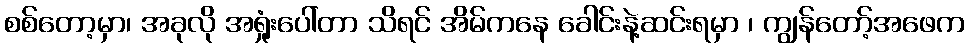
စစ်တော့မှာ၊ အခုလို အရှုံးပေါ်တာ သိရင် အိမ်ကနေ ခေါင်းနဲ့ဆင်းရမှာ ၊ ကျွန်တော့်အဖေက